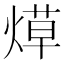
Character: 𬊳